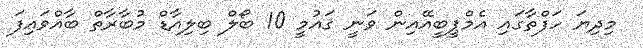
މިދިޔަ ހަފްތާގައި އެމްޕީބީއޭއިން ވަނީ ޤައުމީ 10 ބޯލް ބިލިއާޑް މުބާރާތް ބާއްވައިފަ